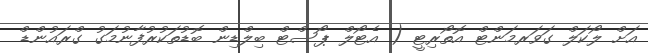
އަށް ލޯކަލް ގަވަރމަންޓް އޮތޯރިޓީ ( އެޓޯލް ޕޯސްޓް ބިލްޑިން ބޮޑުތަކުރުފާނުމަގު ގްރައުންޑް